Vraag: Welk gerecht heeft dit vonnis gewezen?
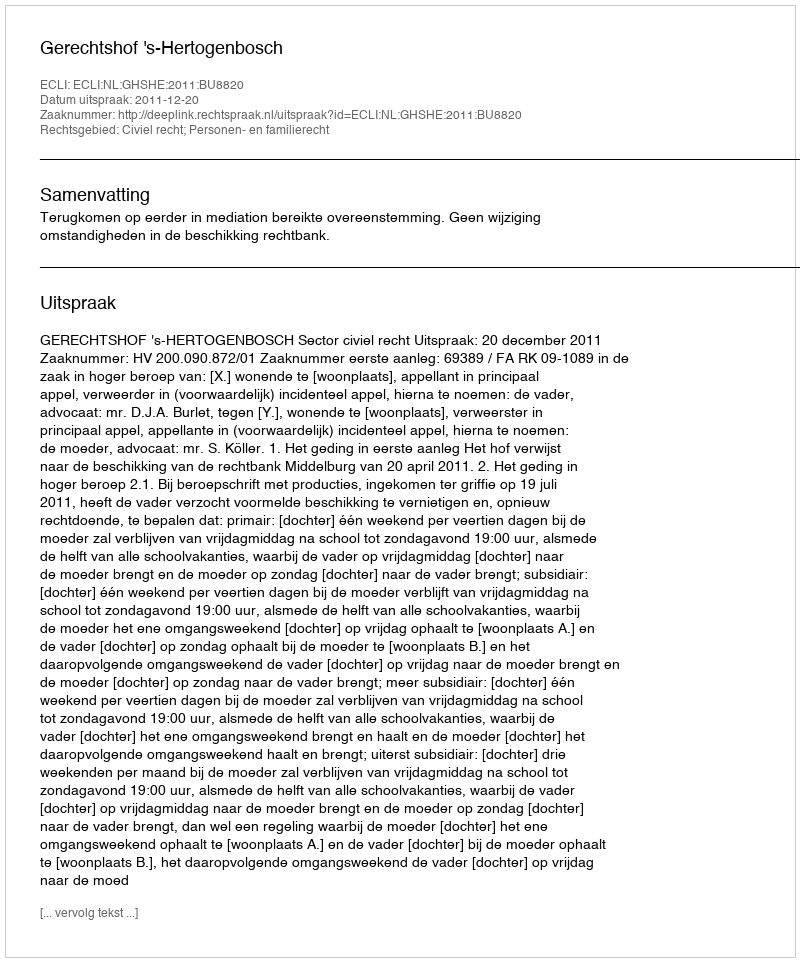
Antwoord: Gerechtshof 's-Hertogenbosch